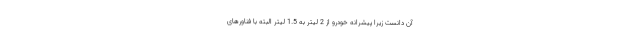
آن دانست زیرا پیشرانه خودرو از 2 لیتر به 1.5 لیتر البته با فناورهای